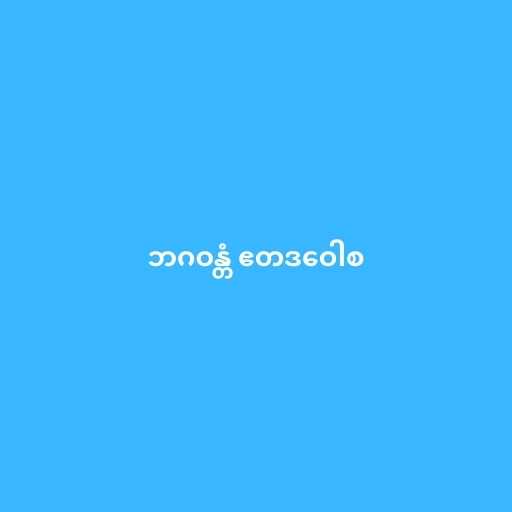
ဘဂဝန္တံ ဧတဒဝေါစ